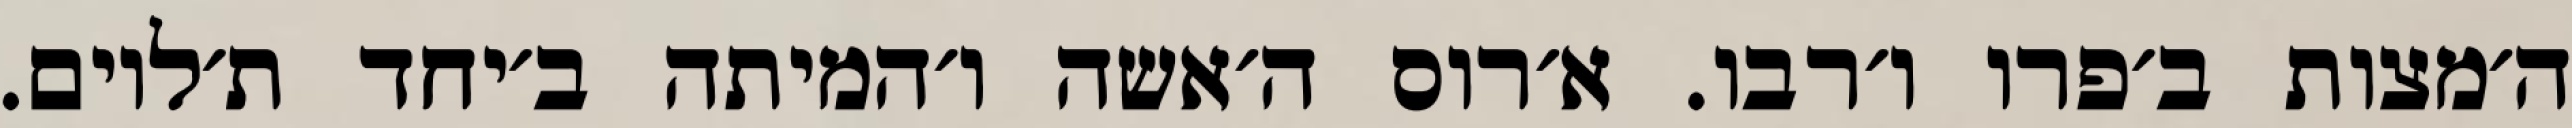
ה׳מצות ב׳פרו ו׳רבו. א׳רוס ה׳אשה ו׳המיתה ב׳יחד ת׳לוים.